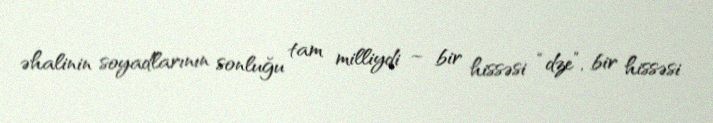
əhalinin soyadlarının sonluğu tam milliydi – bir hissəsi “dze”, bir hissəsi